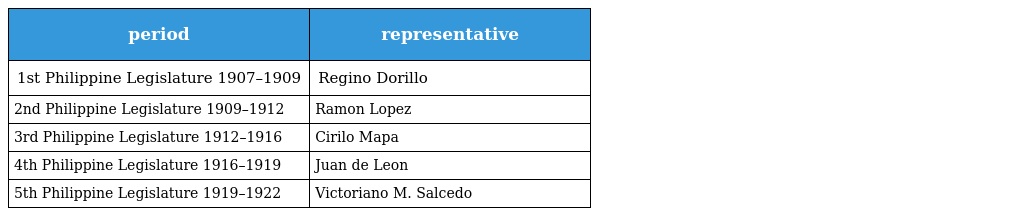
| period | representative |
 | --- | --- |
 | 1st Philippine Legislature 1907–1909 | Regino Dorillo |
 | 2nd Philippine Legislature 1909–1912 | Ramon Lopez |
 | 3rd Philippine Legislature 1912–1916 | Cirilo Mapa |
 | 4th Philippine Legislature 1916–1919 | Juan de Leon |
 | 5th Philippine Legislature 1919–1922 | Victoriano M. Salcedo |